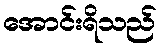
အောင်းရိသည်